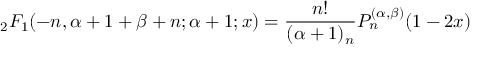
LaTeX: { } _ { 2 } F _ { 1 } ( - n , \alpha + 1 + \beta + n ; \alpha + 1 ; x ) = { \frac { n ! } { ( \alpha + 1 ) _ { n } } } P _ { n } ^ { ( \alpha , \beta ) } ( 1 - 2 x )